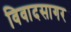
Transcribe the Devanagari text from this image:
विवादसागर